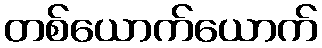
တစ်ယောက်ယောက်